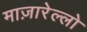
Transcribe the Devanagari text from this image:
माज़ारेल्लो